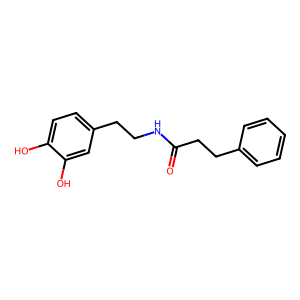
SMILES: O=C(CCc1ccccc1)NCCc1ccc(O)c(O)c1
Inhibits HIV replication: No